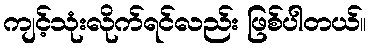
ကျင့်သုံးလိုက်ရင်လည်း ဖြစ်ပါတယ်။